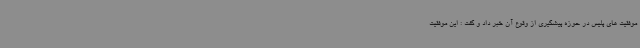
موفقیت های پلیس در حوزه پیشگیری از وقوع آن خبر داد و گفت : این موفقیت